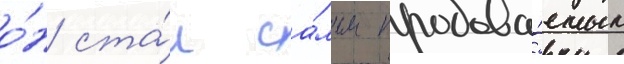
о́н ста́л са́мым продава́емым